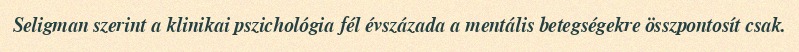
Seligman szerint a klinikai pszichológia fél évszázada a mentális betegségekre összpontosít csak.